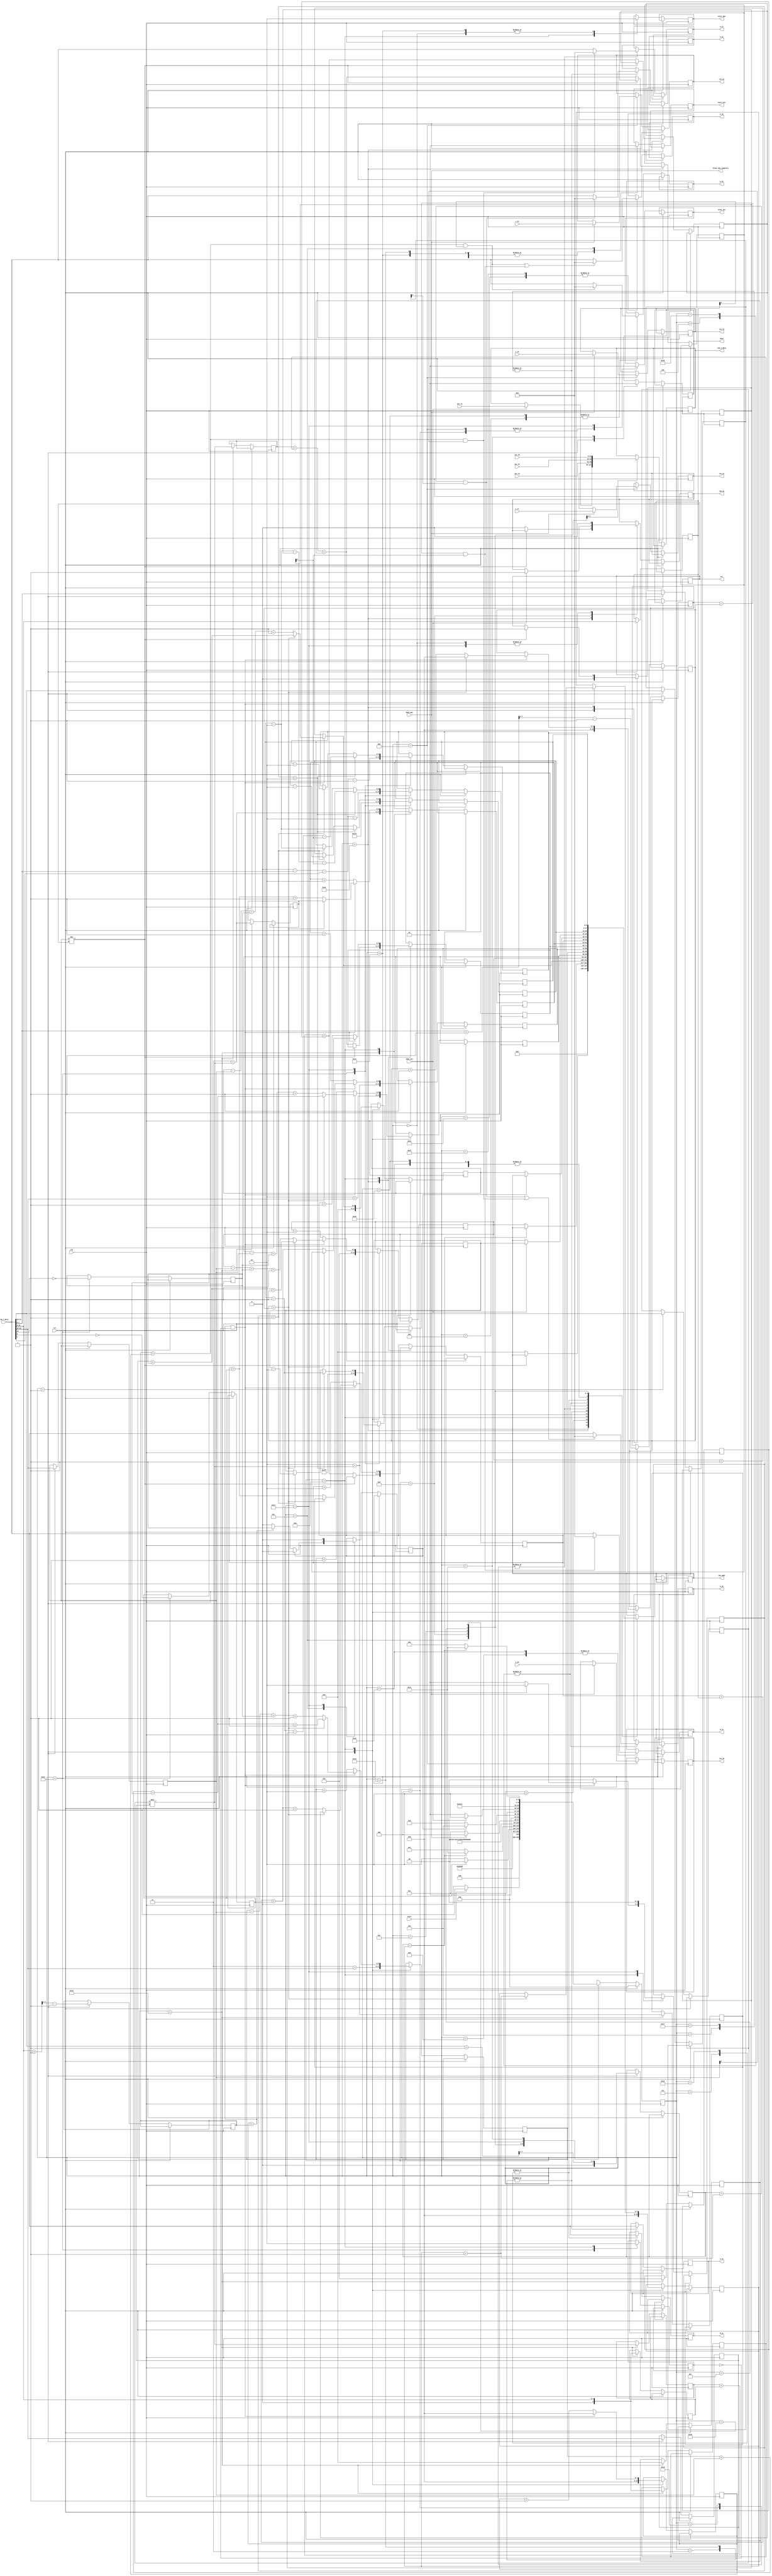
module matrix_mul_cu     #(parameter data_w = 32,
									parameter ram_d = 512,
									parameter ram_add_w = $clog2(ram_d),
									parameter d_w_q = data_w/4)
									
								  (input wire clk,rst,
								   input wire [data_w-1:0] c_11,c_12,c_21,c_22,
																   acc_11,acc_12,acc_21,acc_22,
									input wire done_mac,
									input wire [data_w-1:0] ram_r_data,
									input wire start,
									input wire done_acc,
									
									output wire start_mac,
									output wire reset_acc,
									output wire start_acc,
									output wire [data_w-1:0] a_11,a_12,a_21,a_22,
								                            b_11,b_12,b_21,b_22,
									output wire [data_w-1:0] res_11,res_12,res_21,res_22,
									output wire ram_we,
									output wire done,err,
									output wire block_mac_complete,
									output wire [data_w-1:0] ram_w_data,
									output wire [ram_add_w-1:0] ram_addr);

// RAM format:									
// 0: [8 bit M1][8 bit N1][8 bit M2][8 bit N2]
// 1: reserved for metadata

reg [4:0] r_state;//machine state

reg [d_w_q-1:0] r_M1;
reg [d_w_q-1:0] r_N1;
reg [d_w_q-1:0] r_M2;
reg [d_w_q-1:0] r_N2;

reg [d_w_q-1:0] r_counter_i;
reg [d_w_q-1:0] r_counter_j;
reg [d_w_q-1:0] r_counter_k;

(*EQUIVALENT_REGISTER_REMOVAL="NO"*)(*max_fanout=5*)reg [ram_add_w-1:0] r_addr_a11;
(*EQUIVALENT_REGISTER_REMOVAL="NO"*)(*max_fanout=5*)reg [ram_add_w-1:0] r_addr_a12;
(*EQUIVALENT_REGISTER_REMOVAL="NO"*)(*max_fanout=5*)reg [ram_add_w-1:0] r_addr_a21;
(*EQUIVALENT_REGISTER_REMOVAL="NO"*)(*max_fanout=5*)reg [ram_add_w-1:0] r_addr_a22;
(*EQUIVALENT_REGISTER_REMOVAL="NO"*)(*max_fanout=5*)reg [ram_add_w-1:0] r_addr_b11;
(*EQUIVALENT_REGISTER_REMOVAL="NO"*)(*max_fanout=5*)reg [ram_add_w-1:0] r_addr_b12;
(*EQUIVALENT_REGISTER_REMOVAL="NO"*)(*max_fanout=5*)reg [ram_add_w-1:0] r_addr_b21;
(*EQUIVALENT_REGISTER_REMOVAL="NO"*)(*max_fanout=5*)reg [ram_add_w-1:0] r_addr_b22;
(*EQUIVALENT_REGISTER_REMOVAL="NO"*)(*max_fanout=5*)reg [ram_add_w-1:0] r_addr_c11;
(*EQUIVALENT_REGISTER_REMOVAL="NO"*)(*max_fanout=5*)reg [ram_add_w-1:0] r_addr_c12;
(*EQUIVALENT_REGISTER_REMOVAL="NO"*)(*max_fanout=5*)reg [ram_add_w-1:0] r_addr_c21;
(*EQUIVALENT_REGISTER_REMOVAL="NO"*)(*max_fanout=5*)reg [ram_add_w-1:0] r_addr_c22;

reg [ram_add_w-1:0] r_start_b11;
reg [ram_add_w-1:0] r_start_b12;
reg [ram_add_w-1:0] r_start_b21;
reg [ram_add_w-1:0] r_start_b22;

reg [d_w_q-1:0] r_limit_i;
reg [d_w_q-1:0] r_limit_j;
reg [d_w_q-1:0] r_limit_k;

reg r_writeback_flag = 1'b0;
reg r_init_cycle_flag = 1'b0;
reg r_even_width_A;
reg r_even_height_B;
reg [1:0] r_update_addr_c = 2'b00;

// i = A's row index
// j = B's column index
// k = A's column / B's row index

reg       r_done;
reg		 r_start_acc;
reg		 r_reset_acc;
reg 		 r_err;
reg       r_ram_we;
reg [data_w-1:0] r_ram_w_data;
reg [ram_add_w-1:0] r_ram_addr;
reg [data_w-1:0] r_a11,r_a12,r_a21,r_a22,
					  r_b11,r_b12,r_b21,r_b22,
					  r_res11,r_res12,r_res21,r_res22;
reg		 r_start_mac;

wire [d_w_q:0] w_mult_product;
reg [d_w_q-1:0] w_mult_operand1;
reg [d_w_q-1:0] w_mult_operand2;

wire [d_w_q+1:0] w_add_sum;
reg [d_w_q:0] w_add_operand1;
reg [d_w_q:0] w_add_operand2;
reg [d_w_q:0] w_add_operand3;

wire [d_w_q+1:0] w_add2_sum;
reg [d_w_q:0] w_add2_operand1;
reg [d_w_q:0] w_add2_operand2;
reg [d_w_q:0] w_add2_operand3;

assign w_mult_product = w_mult_operand1 * w_mult_operand2;
assign w_add_sum = w_add_operand1 + w_add_operand2 + w_add_operand3;
assign w_add2_sum = w_add2_operand1 + w_add2_operand2 + w_add2_operand3;


assign start_acc = r_start_acc;
assign reset_acc = r_reset_acc;
assign done = r_done;
assign err = r_err;
assign ram_we = r_ram_we;
assign ram_w_data = r_ram_w_data;
assign ram_addr = r_ram_addr;
assign start_mac = r_start_mac;
assign block_mac_complete = done_mac;

assign a_11 = r_a11;
assign a_12 = r_a12;
assign a_21 = r_a21;
assign a_22 = r_a22;
assign b_11 = r_b11;
assign b_12 = r_b12;
assign b_21 = r_b21;
assign b_22 = r_b22;
assign res_11 = r_res11;
assign res_12 = r_res12;
assign res_21 = r_res21;
assign res_22 = r_res22;


parameter STATE_IDLE 		 = 5'h0;
parameter STATE_INIT 		 = 5'h1;
parameter STATE_RA11			 = 5'h2;
parameter STATE_RA12			 = 5'h3;
parameter STATE_RA21			 = 5'h4;
parameter STATE_RA22			 = 5'h5;
parameter STATE_RB11			 = 5'h6;
parameter STATE_RB12			 = 5'h7;
parameter STATE_RB21			 = 5'h8;
parameter STATE_RB22			 = 5'h9;
parameter STATE_BEGINMAC	 = 5'hA;
parameter STATE_WAIT			 = 5'hB;
parameter STATE_ACCUMULATE  = 5'hC;
parameter STATE_WAIT2		 = 5'hD;
parameter STATE_WRITEBACK11 = 5'hE;
parameter STATE_WRITEBACK12 = 5'hF;
parameter STATE_WRITEBACK21 = 5'h10;
parameter STATE_WRITEBACK22 = 5'h11;

parameter STATE_INIT2		 = 5'h12;
parameter STATE_INIT3		 = 5'h13;
parameter STATE_INIT4		 = 5'h1D;

parameter STATE_RA11_P		 = 5'h14;//pipelined fetch stages 
parameter STATE_RA12_P		 = 5'h15;
parameter STATE_RA21_P		 = 5'h16;
parameter STATE_RA22_P		 = 5'h17;
parameter STATE_RB11_P		 = 5'h18;
parameter STATE_RB12_P		 = 5'h19;
parameter STATE_RB21_P		 = 5'h1A;
parameter STATE_RB22_P		 = 5'h1B;


parameter STATE_CLIMIT	    = 5'h1C;
parameter STATE_RBF			 = 5'h1E;
parameter STATE_RBF_P		 = 5'h1F;



always @ (posedge clk)
begin

	if(rst) begin
		r_state <= STATE_IDLE;
	end
	else    begin
		case (r_state)
				
				STATE_IDLE:
				begin
					r_ram_we <= 'b0;
					r_ram_addr <= 'b0; //to prepare parameters
					r_start_mac <= 'b0;
					
					if(start)
						r_state <= STATE_INIT;
					else
						r_state <= STATE_IDLE;
				end
				
				STATE_INIT:
				begin
					//current ram address is 0
					r_M1 <= ram_r_data[d_w_q*4-1:d_w_q*3];
					r_N1 <= ram_r_data[d_w_q*3-1:d_w_q*2];
					r_M2 <= ram_r_data[d_w_q*2-1:d_w_q];
					r_N2 <= ram_r_data[d_w_q-1:0];
					
					r_limit_i <= ((ram_r_data[d_w_q*4-1:d_w_q*3] + 1'b1) >>> 1'b1);
					r_limit_j <= ((ram_r_data[d_w_q-1:0]   + 1'b1) >>> 1'b1)-1'b1;
					r_limit_k <= ((ram_r_data[d_w_q*2-1:d_w_q]  + 1'b1) >>> 1'b1)-1'b1;
					
					r_err <= 'b0;
					r_done <= 'b0;
					r_counter_i <= 'b0;
					r_counter_j <= 'b0;
					r_counter_k <= 'b0;
					
					r_addr_a11 <= 9'd2;
					r_addr_a12 <= 9'd3;
					r_addr_a21 <= 9'd2 + ram_r_data[d_w_q*3-1:d_w_q*2];
					r_addr_a22 <= 9'd3 + ram_r_data[d_w_q*3-1:d_w_q*2];
					
					w_mult_operand1 <= ram_r_data[d_w_q*4-1:d_w_q*3];
					w_mult_operand2 <= ram_r_data[d_w_q*3-1:d_w_q*2];

					r_state <= STATE_INIT2;
					
					
					
				end
				
				STATE_INIT2:
				begin
					r_state <= STATE_INIT3;
					
					r_addr_c11 <= ram_d - 1'b1;
					r_addr_c12 <= ram_d - 2'b10;
					r_addr_c21 <= ram_d - ram_r_data[d_w_q-1:0] - ram_r_data[0] - 1'b1;
					r_addr_c22 <= ram_d - ram_r_data[d_w_q-1:0] - ram_r_data[0] - 2'b10;
					
					r_even_width_A <= ~ram_r_data[d_w_q*2];
					r_even_height_B <= ~ram_r_data[d_w_q];
					
					r_init_cycle_flag <= 1'b1;
				end
				
				STATE_INIT3:
				begin
					r_state <= STATE_INIT4;
					
					r_addr_b11 <= 9'd2 + (w_mult_product);
					r_addr_b21 <= 9'd3 + (w_mult_product);
					
					
					r_start_b11 <= 9'd2 + (w_mult_product);
					r_start_b21 <= 9'd3 + (w_mult_product);
					
					
					w_add_operand1 <= w_mult_product;
					w_add_operand2 <= ram_r_data[d_w_q*2-1:d_w_q];
					w_add_operand3 <= 9'd2;
					
					w_add2_operand1 <= w_mult_product;
					w_add2_operand2 <= ram_r_data[d_w_q*2-1:d_w_q];
					w_add2_operand3 <= 9'd3;
				end
				
				STATE_INIT4:
				begin
					if(r_N1!=r_M2) begin
						r_err <= 1'b1;	//raise error
						r_state <= STATE_IDLE;
					end 
					else begin
						r_state <= STATE_RA11;
						
						
						r_addr_b12 <= w_add_sum;
						r_addr_b22 <= w_add2_sum;
							
						r_start_b12 <= w_add_sum;
						r_start_b22 <= w_add2_sum;
						
						r_ram_addr <= 9'd2;
						r_ram_we <= 'b0;
					end

				end
				
				
				STATE_RA11:
				begin
					
					if(r_limit_i == r_counter_i)
						r_state <= STATE_CLIMIT;
					else 	begin
						r_ram_addr <= r_addr_a12;
						r_state <= STATE_RA12;
					end
				end
				

				STATE_RA12:
				begin
					r_a11 <= ram_r_data;
					r_state <= STATE_RA21;
					r_ram_addr <= r_addr_a21;
					
					r_start_acc <= 1'b0;
				end
				
				
				
				STATE_RA21:
				begin
					r_reset_acc <= 1'b0;
					if(r_limit_k==r_counter_k && r_N1[0])
						r_a12 <= 'b0;
					else 
						r_a12 <= ram_r_data;
						
						r_state <= STATE_RA22;
						r_ram_addr <= r_addr_a22;
				end
				
				
				STATE_RA22:
				begin
					
					if(r_limit_i==(r_counter_i+1'b1) && r_M1[0]) 
						r_a21 <= 'b0;
					else
						r_a21 <= ram_r_data;
					
						r_state <= STATE_RB11;
						r_ram_addr <= r_addr_b11;
				end
				
	
				STATE_RB11:
				begin
				
					if((r_limit_i==(r_counter_i+1'b1) && r_M1[0]) || r_limit_k==r_counter_k && r_N1[0])
						r_a22 <= 'b0;
					else
						r_a22 <= ram_r_data;
						
					r_ram_addr <= r_addr_b12;
					r_state <= STATE_RB12;
				end
				
				STATE_RB12:
				begin
					r_b11 <= ram_r_data;
					r_state <= STATE_RB21;
					r_ram_addr <= r_addr_b21;	
				end
				
				
				
				STATE_RB21:
				begin
					if(r_limit_j==r_counter_j && r_N2[0])
						r_b12 <= 'b0;
					else
						r_b12 <= ram_r_data;
						
						r_state <= STATE_RB22;
						r_ram_addr <= r_addr_b22;
					
				end
				
				STATE_RB22:
				begin
					
					if(r_limit_k==r_counter_k && r_M2[0])
						r_b21 <= 'b0;
					else
						r_b21 <= ram_r_data;
						r_state <= STATE_RBF;
						r_ram_addr <= r_addr_b22;
					
					
				end
				
				STATE_RBF:
				begin
					if((r_limit_k==r_counter_k && r_M2[0]) || r_limit_j==r_counter_j && r_N2[0])
						r_b22 <= 'b0;
					else
						r_b22 <= ram_r_data;
					r_state <= STATE_BEGINMAC;
				end
				
				
				STATE_BEGINMAC:
				begin
					
					
					r_start_mac <= 1'b1;//start multiplication & accumulation (2x2)
					r_state <= STATE_RA11_P;
					r_init_cycle_flag <= 1'b0;

					update_addr();
					
				end
				
				//pipeline fetching stages:
				
				STATE_RA11_P:
				begin
					r_start_mac <= 1'b0;
					r_start_acc <= 1'b0;
					
					
					r_ram_addr <= r_addr_a12;
					r_state <= STATE_RA12_P;
				end
				

				STATE_RA12_P:
				begin
					r_a11 <= ram_r_data;
					r_state <= STATE_RA21_P;
					r_ram_addr <= r_addr_a21;
					
					r_start_acc <= 1'b0;
				end
				
				
				
				STATE_RA21_P:
				begin
					
					if(r_limit_k==r_counter_k && r_N1[0])
						r_a12 <= 'b0;
					else 
						r_a12 <= ram_r_data;
						
						r_state <= STATE_RA22_P;
						r_ram_addr <= r_addr_a22;
				end
				
				
				STATE_RA22_P:
				begin
					
					if(r_limit_i==(r_counter_i+1'b1) && r_M1[0]) 
						r_a21 <= 'b0;
					else
						r_a21 <= ram_r_data;
					
						r_state <= STATE_RB11_P;
						r_ram_addr <= r_addr_b11;
				end
				
	
				STATE_RB11_P:
				begin
				
					if((r_limit_i==(r_counter_i+1'b1) && r_M1[0]) || r_limit_k==r_counter_k && r_N1[0])
						r_a22 <= 'b0;
					else
						r_a22 <= ram_r_data;
						
					r_ram_addr <= r_addr_b12;
					r_state <= STATE_RB12_P;
				end
				
				STATE_RB12_P:
				begin
					r_b11 <= ram_r_data;
					r_state <= STATE_RB21_P;
					r_ram_addr <= r_addr_b21;	
				end
				
				
				
				STATE_RB21_P:
				begin
					if(r_limit_j==r_counter_j && r_N2[0])
						r_b12 <= 'b0;
					else
						r_b12 <= ram_r_data;
						
						r_state <= STATE_RB22_P;
						r_ram_addr <= r_addr_b22;
					
				end
				
				STATE_RB22_P:
				begin
					
					if(r_limit_k==r_counter_k && r_M2[0])
						r_b21 <= 'b0;
					else
						r_b21 <= ram_r_data;

					r_ram_addr <= r_addr_b22;
					r_state <= STATE_RBF_P;
				end
				
				STATE_RBF_P:
				begin
					if((r_limit_k==r_counter_k && r_M2[0]) || r_limit_j==r_counter_j && r_N2[0])
						r_b22 <= 'b0;
					else
						r_b22 <= ram_r_data;
						
					
					
					r_state <= STATE_WAIT;
				end
				
				
				STATE_WAIT:
				begin
					r_reset_acc <= 1'b0;
					if(done_mac) begin
						r_state <= STATE_ACCUMULATE;
						
						r_res11 <= c_11;
						r_res12 <= c_12;
						r_res21 <= c_21;
						r_res22 <= c_22;
						
					end
					else begin
						r_state <= STATE_WAIT;
					end
				end
				
				
				STATE_ACCUMULATE:
				begin
					
					
					if(r_counter_k == r_limit_k) begin
						r_writeback_flag <= 1'b1;
					end
					
					if(r_writeback_flag) begin
						r_writeback_flag <= 1'b0;
						r_state <= STATE_WAIT2;
					end
					else begin
						r_ram_addr <= r_addr_a11;
						r_state <= STATE_BEGINMAC;
					end	
						
					r_start_acc <= 1'b1;

					
				end
				
				STATE_WAIT2:
				begin
					if(done_acc) begin
						r_state <= STATE_WRITEBACK11;
						r_ram_we <= 'b1;
						r_ram_addr <= r_addr_c11;
						r_ram_w_data <= acc_11;
					end
					
					else begin
						r_state <= STATE_WAIT2;
					end
				end
				
				
				STATE_WRITEBACK11:
				begin
					r_ram_addr <= r_addr_c12;
					r_ram_w_data <= acc_12;
					r_state <= STATE_WRITEBACK12;
				end
				
				STATE_WRITEBACK12:
				begin
					r_ram_addr <= r_addr_c21;
					r_ram_w_data <= acc_21;
					r_state <= STATE_WRITEBACK21;
				end
				
				STATE_WRITEBACK21:
				begin
					r_ram_addr <= r_addr_c22;
					r_ram_w_data <= acc_22;
					r_state <= STATE_WRITEBACK22;
				end
				
				STATE_WRITEBACK22:
				begin
					if(r_limit_i == r_counter_i)
						r_state <= STATE_CLIMIT;
					else
						r_state <= STATE_BEGINMAC;
					r_ram_we <= 'b0;
					r_reset_acc <= 1'b1;
					r_update_addr_c <= 2'b00;
					r_writeback_flag <= 1'b0;
					
					if(r_update_addr_c == 2'b10) begin
						r_addr_c11 <= r_addr_c22 - 1'b1;
						r_addr_c12 <= r_addr_c22 - 2'b10;
						r_addr_c21 <= r_addr_c22 - 1'b1 - r_N2 - r_N2[0];
						r_addr_c22 <= r_addr_c22 - 2'b10 - r_N2 - r_N2[0];
					end else if (r_update_addr_c == 2'b01) begin
						r_addr_c11 <= r_addr_c11 - 2'b10;
						r_addr_c12 <= r_addr_c12 - 2'b10;
						r_addr_c21 <= r_addr_c21 - 2'b10;
						r_addr_c22 <= r_addr_c22 - 2'b10;
					end	
				end
				
				STATE_CLIMIT:
				begin
					r_done <= 1'b1;
					r_state <= STATE_IDLE;
				end
				
				
				default:
				begin
					r_state <= STATE_IDLE;//'self-starting'
				end
				
				
			
		endcase
	end
end

	task update_addr;
		begin
			r_counter_k <= r_counter_k + 1'b1;
					
			if(r_counter_k == r_limit_k && (!r_init_cycle_flag)) begin 
			
				if(r_counter_j == r_limit_j) begin  //i increment (j and k are @ limits) 
				
					r_counter_k <= 'b0;
					r_counter_j <= 'b0;
					r_counter_i <= r_counter_i + 1'b1;
					
					r_addr_a11 <= r_addr_a22 + r_even_width_A; 
					r_addr_a12 <= r_addr_a22 + r_even_width_A + 1'b1;
					r_addr_a21 <= r_addr_a22 + r_N1 + r_even_width_A;
					r_addr_a22 <= r_addr_a22 + r_N1 + r_even_width_A + 1'b1;
					
					r_addr_b11 <= r_start_b11;
					r_addr_b12 <= r_start_b12;
					r_addr_b21 <= r_start_b21;
					r_addr_b22 <= r_start_b22;
					
					r_ram_addr <= r_addr_a22 + r_even_width_A;
					r_update_addr_c <= 2'b10;
						
					
				end
				
				else begin //j increment (only k @ limit)
					r_counter_k <= 'b0;
					r_counter_j <= r_counter_j + 1'b1;
					
					r_addr_a11 <= r_addr_a11 - r_N1 + r_even_width_A + 1'b1;
					r_addr_a12 <= r_addr_a12 - r_N1 + r_even_width_A + 1'b1;
					r_addr_a21 <= r_addr_a21 - r_N1 + r_even_width_A + 1'b1;
					r_addr_a22 <= r_addr_a22 - r_N1 + r_even_width_A + 1'b1;
				
					r_addr_b11 <= r_addr_b22 + r_even_height_B;
					r_addr_b12 <= r_addr_b22 + r_M2 + r_even_height_B;
					r_addr_b21 <= r_addr_b22 + r_even_height_B + 1'b1;
					r_addr_b22 <= r_addr_b22 + r_M2 + r_even_height_B + 1'b1;
					
					r_ram_addr <= r_addr_a11 - r_N1 + r_even_width_A + 1'b1;
					r_update_addr_c <= 2'b01;	
						
				end
				
			end else begin //k increment
				r_update_addr_c <= 2'b00;
				
				r_addr_a11 <= r_addr_a12 + 1'b1;
				r_addr_a12 <= r_addr_a12 + 2'b10;
				r_addr_a21 <= r_addr_a22 + 1'b1;
				r_addr_a22 <= r_addr_a22 + 2'b10;
				
				r_ram_addr <= r_addr_a12 + 1'b1;
				
				r_addr_b11 <= r_addr_b21 + 1'b1;
				r_addr_b12 <= r_addr_b22 + 1'b1;
				r_addr_b21 <= r_addr_b21 + 2'b10;
				r_addr_b22 <= r_addr_b22 + 2'b10;
			end
		end
	endtask

endmodule